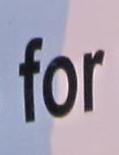
for